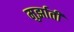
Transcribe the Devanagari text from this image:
मुर्झाती